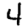
Digit: 4